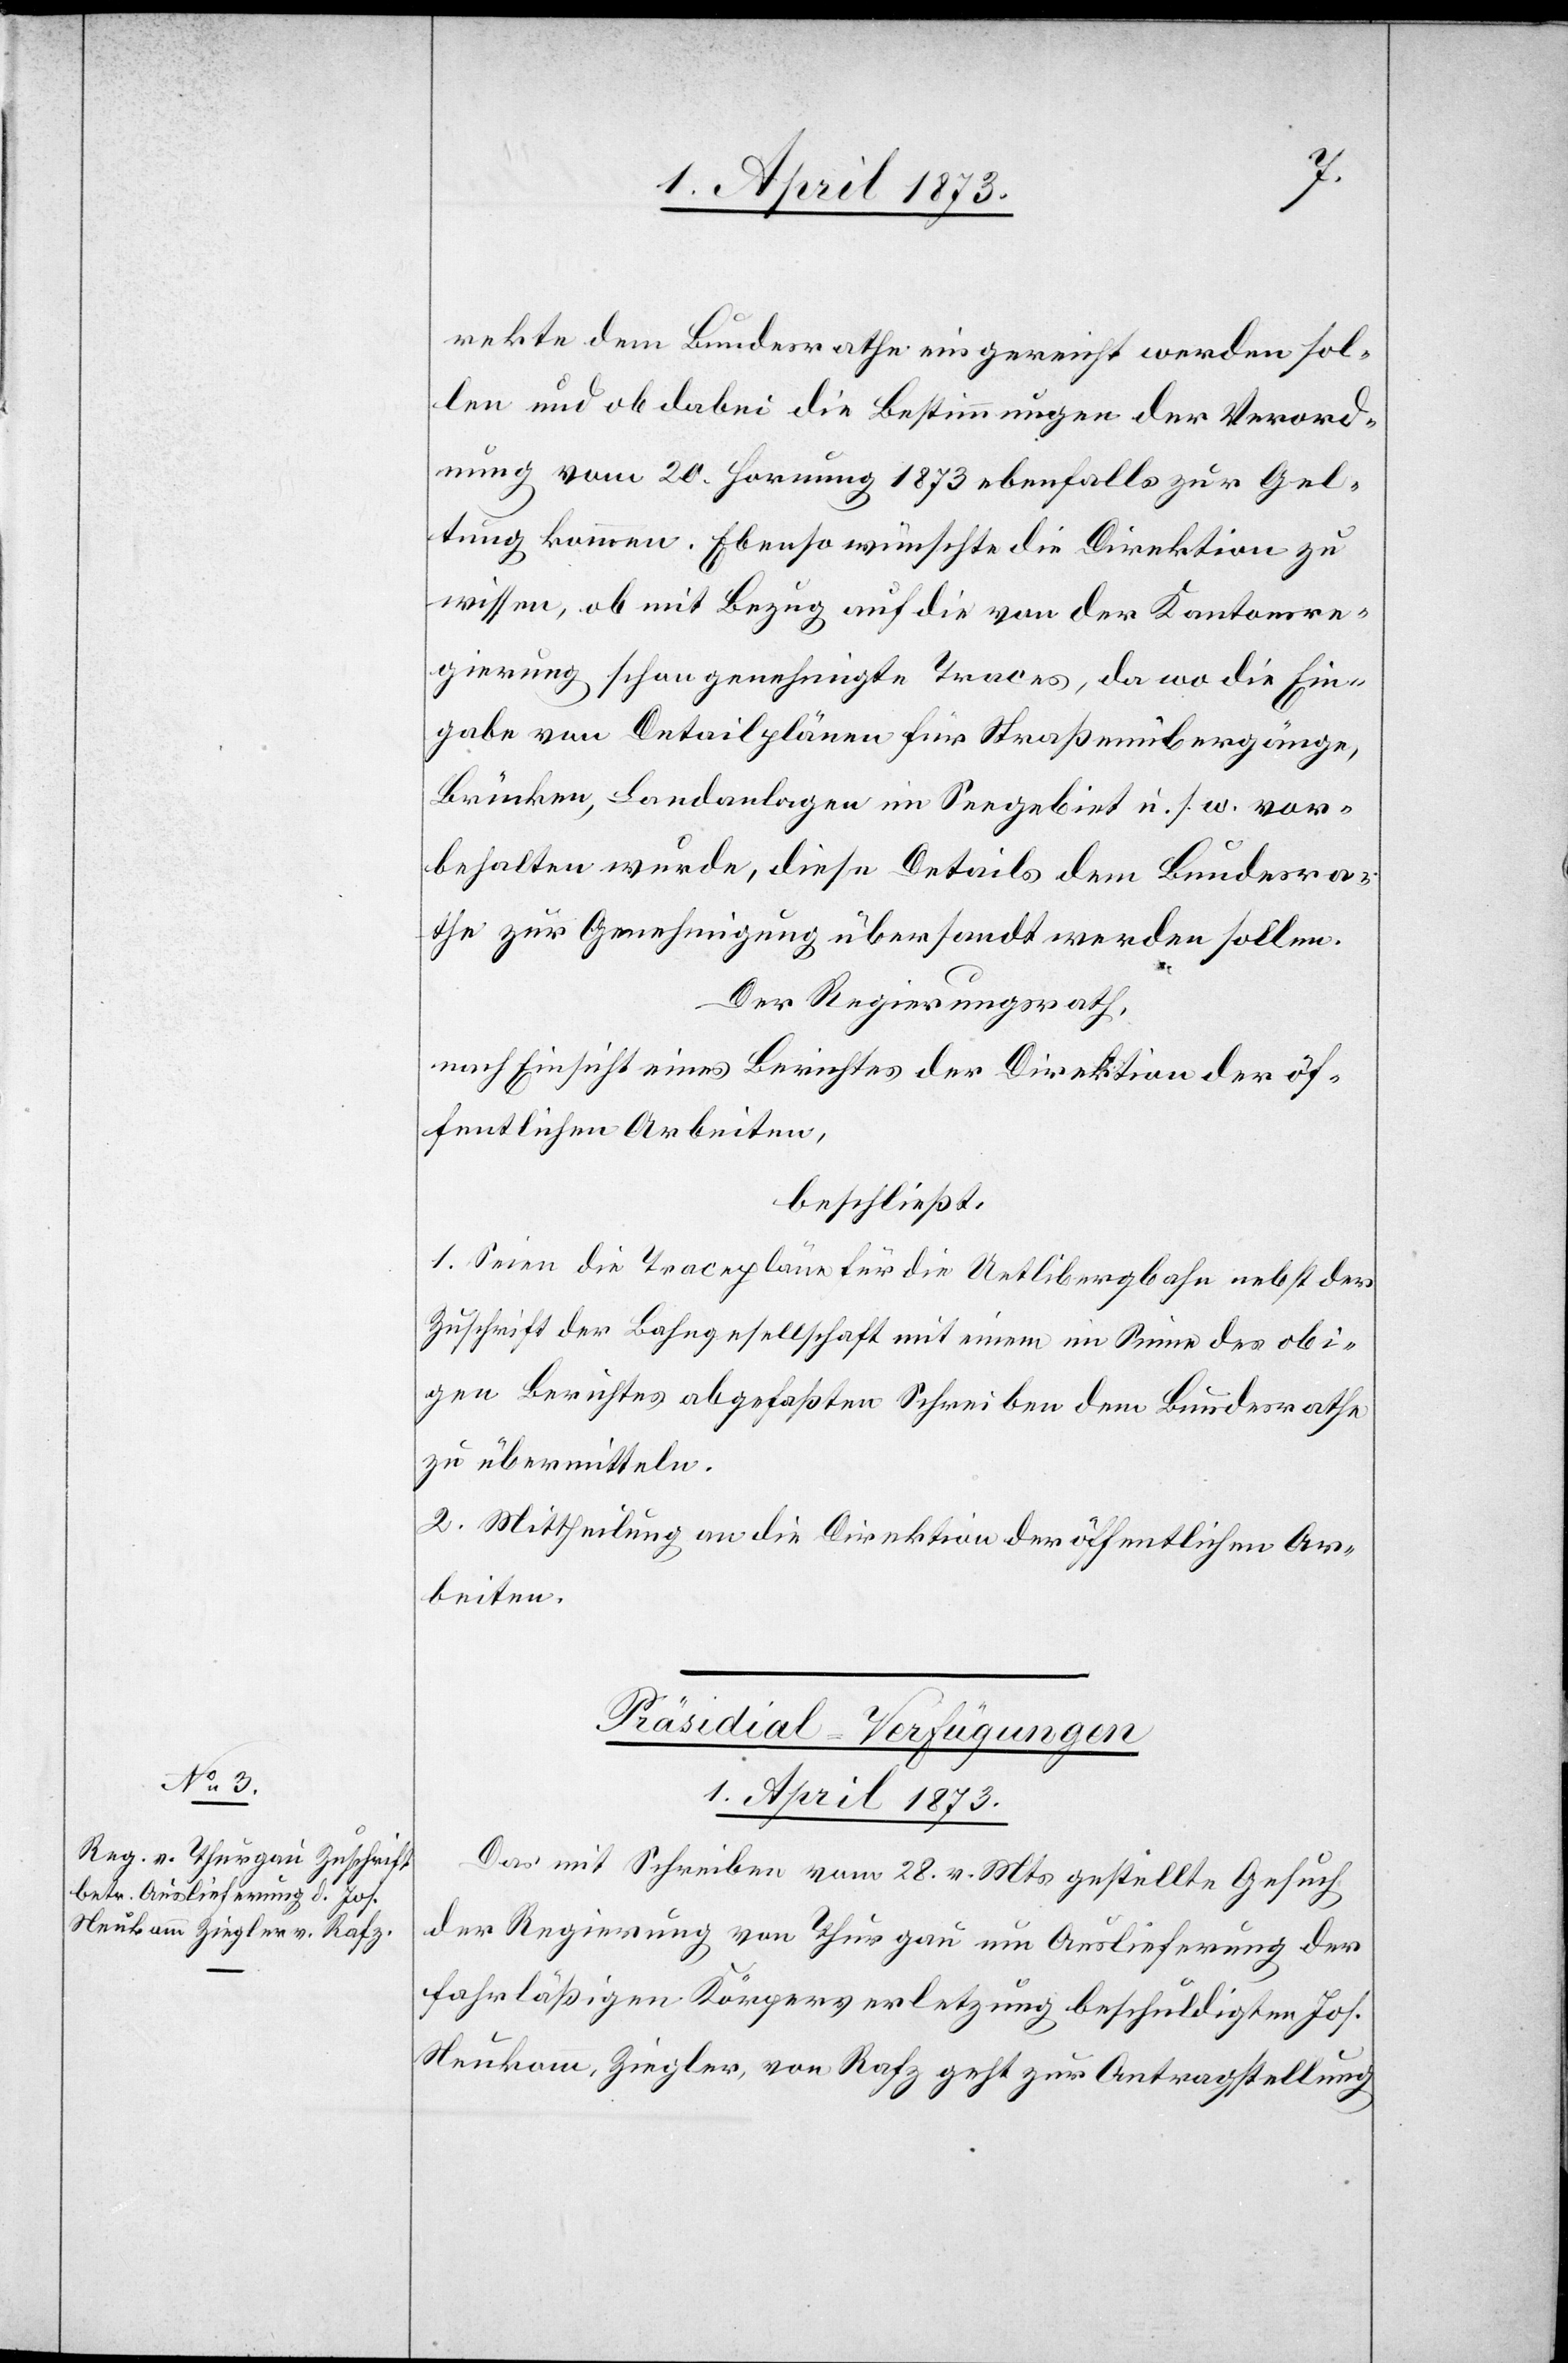
rekte dem Bundesrathe eingereicht werden sol¬
len und ob dabei die Bestimmungen der Verord¬
nung vom 20. Hornung 1873 ebenfalls zur Gel¬
tung kommen. Ebenso wünschte die Direktion zu
wissen, ob mit Bezug auf die von der Kantonsre¬
gierung schon genehmigte[n] Traces, da wo die Ein¬
gabe von Detailplänen für Straßenübergänge,
Brücken, Landanlagen im Seegebiet u. s. w. vor¬
behalten wurde, diese Details dem Bundesra¬
the zur Genehmigung übersandt werden sollen.
Der Regierungsrath,
nach Einsicht eines Berichtes der Direktion der öf¬
fentlichen Arbeiten,
beschließt:
1. Seien die Tracepläne für die Uetlibergbahn nebst der
Zuschrift der Bahngesellschaft mit einem im Sinne des obi¬
gen Berichtes abgefaßten Schreiben dem Bundesrathe
zu übermitteln.
2. Mittheilung an die Direktion der öffentlichen Ar¬
beiten.
Präsidial-Verfügungen
1. April 1873.
Das Mit Schreiben vom 28. v. Mts. gestellte Gesuch
der Regierung Thurgau um Auslieferung der
fahrläßigen Körperverletzung beschuldigten Joh.
Neukomm, Ziegler, von Rafz geht zur Antragstellung